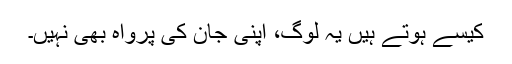
کیسے ہوتے ہیں یہ لوگ، اپنی جان کی پرواہ بھی نہیں۔